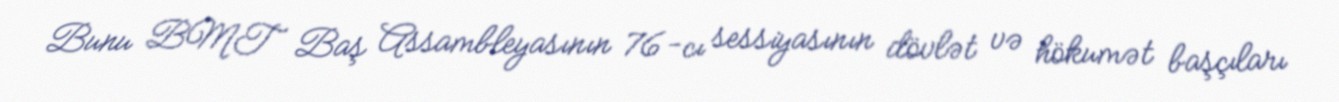
Bunu BMT Baş Assambleyasının 76-cı sessiyasının dövlət və hökumət başçıları